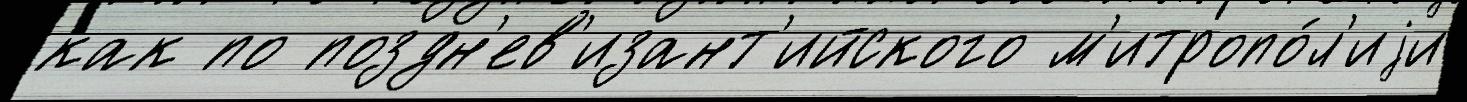
как по поздн'ев'изант'ийского м'итропо́л'иjи